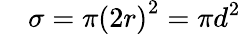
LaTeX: \quad\sigma=\pi\left(2r\right)^{2}=\pi d^{2}